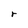
Character: r